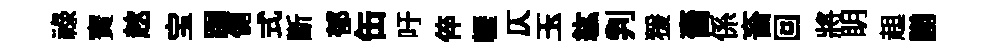
禄寳趑宝跼側式斷郁缶吁倅轣仄玉紘判猨嗇係畜回將眀趄謭